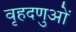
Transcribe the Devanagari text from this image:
वृहदणुओं